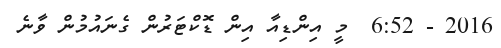
2016 - 6:52  މީ އިންޑިއާ އިން ޑޮކްޓަރުން ގެނައުމުން ވާނެ